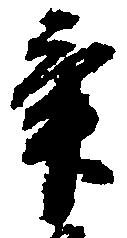
畢